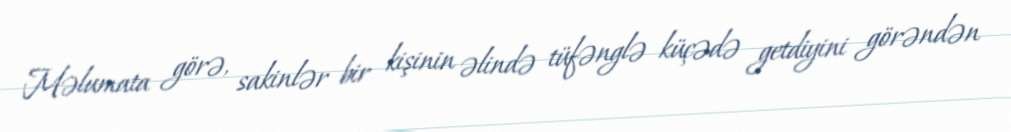
Məlumata görə, sakinlər bir kişinin əlində tüfənglə küçədə getdiyini görəndən